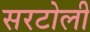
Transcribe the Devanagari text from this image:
सरटोली